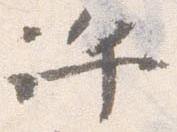
許